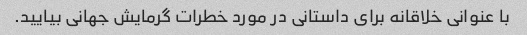
با عنوانی خلاقانه برای داستانی در مورد خطرات گرمایش جهانی بیایید.